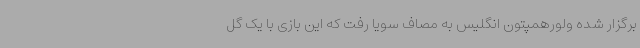
برگزار شده ولورهمپتون انگلیس به مصاف سویا رفت که این بازی با یک گل